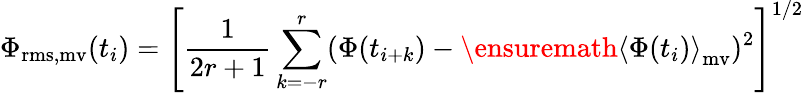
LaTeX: \Phi_{\mathrm{rms,mv}}(t_{i})=\left[\frac{1}{2r+1}\sum_{k=-r}^{r}(\Phi(t_{i+k})-\ensuremath{\langle\Phi(t_{i})\rangle}_{\mathrm{mv}})^{2}\right]^{1/2}